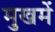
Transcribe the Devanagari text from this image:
मुखमें